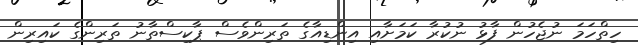
ހިތްހަމަ ނުޖެހުން ފާޅު ނުކުރާ ކަަމަށާއި އިންޑިއާގެ ތަރިންވެސް ޕާކިސްތާނު ތަރިންގެ ކައިރިން